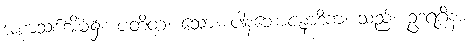
အစာသစ်အိမ်၌။ ပတိတံ၊ သော။ ပါနဘောဇနာဒိကံ၊ သည်။ ဥဒရဂ္ဂိနာ၊